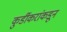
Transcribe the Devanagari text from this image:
कुर्डीकरांकडून